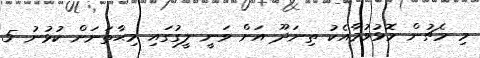
މި މެޗުން މޮޅުވުމާއެކު ތިނަދޫ އަށް ވަނީ ލީގުގައި މިޙާތަނަށް ކުޅުނު 5